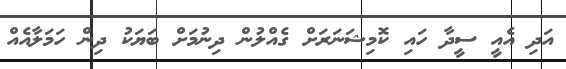
އަދި އެއީ ސީދާ ހައި ކޮމިޝަނަރަށް ގެއްލުން ދިނުމަށް ބަޔަކު ދިން ހަމަލާއެއް